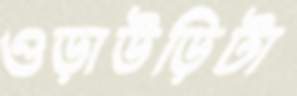
ওড়াউড়িটা